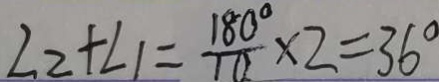
\angle 2 + \angle 1 = \frac { 1 8 0 ^ { \circ } } { 1 0 } \times 2 = 3 6 ^ { \circ }